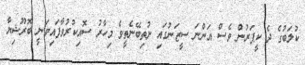
ކުލަބުގެ ދެ ކީޕަރުން ވެސް އަންނަ ސީޒަނުގައި ނުތިބޭނެތީވެ މިހާރު ސޮއިކުރުވާފައިވަނީ ބޮރޫޝިޔާ